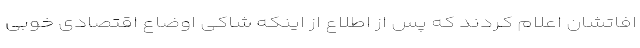
افاتشان اعلام کردند که پس از اطلاع از اینکه شاکی اوضاع اقتصادی خوبی